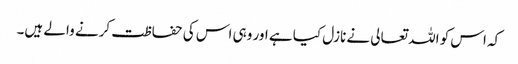
کہ اس کو اللہ تعالی نے نازل کیا ہے اور وہی اس کی حفاظت کرنے والے ہیں۔